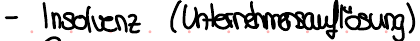
- Insolvenz (Unternehmensauflösung)